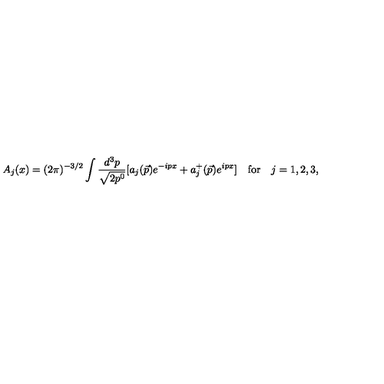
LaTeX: A _ { j } ( x ) = ( 2 \pi ) ^ { - 3 / 2 } \int \frac { d ^ { 3 } p } { \sqrt { 2 p ^ { 0 } } } [ a _ { j } ( \vec { p } ) e ^ { - i p x } + a _ { j } ^ { + } ( \vec { p } ) e ^ { i p x } ] \quad \mathrm { f o r } \quad j = 1 , 2 , 3 ,